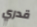
قدري